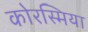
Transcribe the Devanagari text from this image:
कोरस्मिया